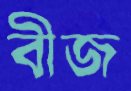
বীজ